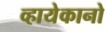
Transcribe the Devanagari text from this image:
व्हायेकानो